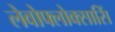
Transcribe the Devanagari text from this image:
लेवोफ्लोक्सासिं